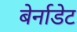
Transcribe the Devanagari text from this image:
बेर्नाडेट